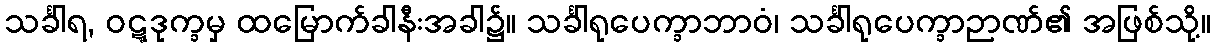
သင်္ခါရ, ဝဋ္ဋဒုက္ခမှ ထမြောက်ခါနီးအခါ၌။ သင်္ခါရုပေက္ခာဘာဝံ၊ သင်္ခါရုပေက္ခာဉာဏ်၏ အဖြစ်သို့။